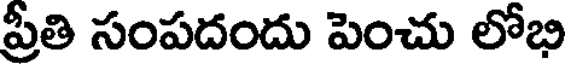
ప్రీతి సంపదందు పెంచు లోభి